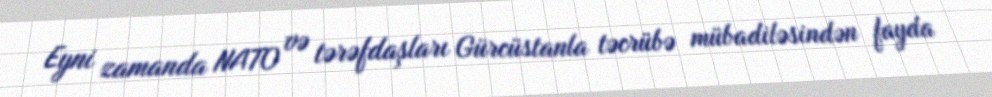
Eyni zamanda NATO və tərəfdaşları Gürcüstanla təcrübə mübadiləsindən fayda